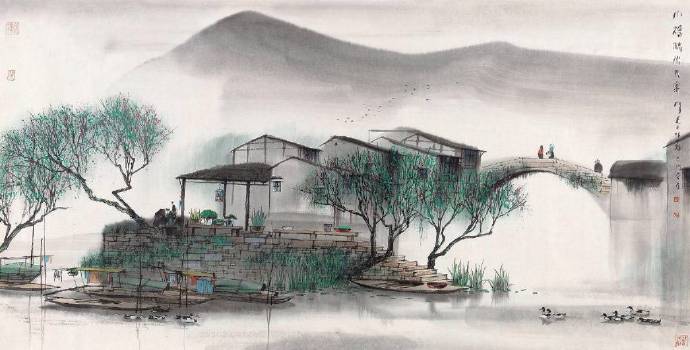
故乡遥，何日去。家住吴门，久作长安旅。